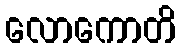
လောကောတိ